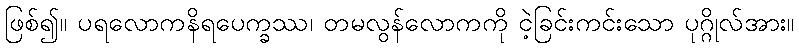
ဖြစ်၍။ ပရလောကနိရပေက္ခဿ၊ တမလွန်လောကကို ငဲ့ခြင်းကင်းသော ပုဂ္ဂိုလ်အား။